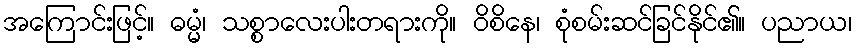
အကြောင်းဖြင့်။ ဓမ္မံ၊ သစ္စာလေးပါးတရားကို။ ဝိစိနေ၊ စုံစမ်းဆင်ခြင်နိုင်၏။ ပညာယ၊